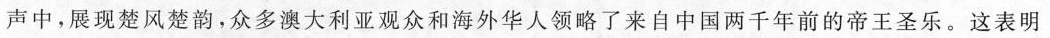
声中，展现楚风楚韵，众多澳大利亚观众和海外华人领略了来自中国两千年前的帝王圣乐。这表明